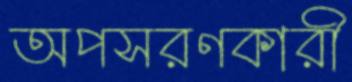
অপসরণকারী